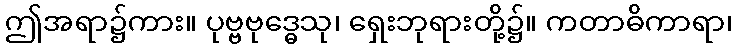
ဤအရာ၌ကား။ ပုဗ္ဗဗုဒ္ဓေသု၊ ရှေးဘုရားတို့၌။ ကတာဓိကာရာ၊